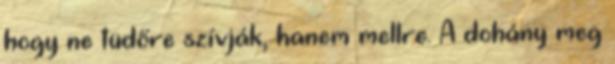
hogy ne tüdőre szívják, hanem mellre. A dohány meg